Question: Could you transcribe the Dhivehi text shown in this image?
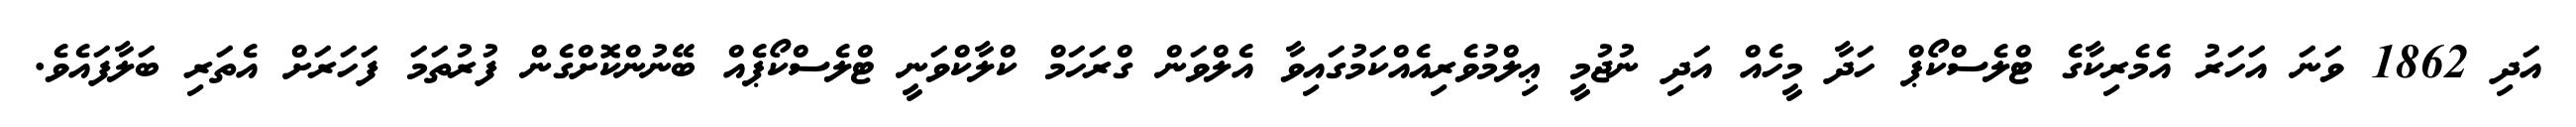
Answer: އަދި 1862 ވަނަ އަހަރު އެމެރިކާގެ ޓްލެސްކޯޕް ހަދާ މީހެއް އަދި ނުޖުމީ ޢިލްމުވެރިއެއްކަމުގައިވާ އެލްވަން ގްރަހަމް ކްލާކްވަނީ ޓްލެސްކޯޕެއް ބޭނުންކޮށްގެން ފުރުތަމަ ފަހަރަށް އެތަރި ބަލާފައެވެ.